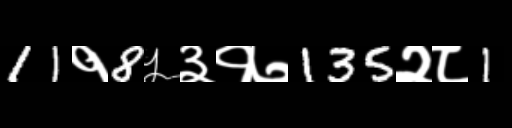
Text: 11१8५३१७135२८1